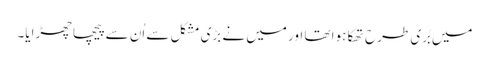
میں بُری طرح تھکا ہوا تھا اور میں نے بڑی مشکل سے اُن سے پیچھا چھڑایا۔